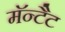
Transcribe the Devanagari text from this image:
मॅन्टैट